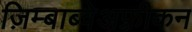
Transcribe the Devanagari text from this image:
ज़िम्बाब्वेअफ़्रीकन